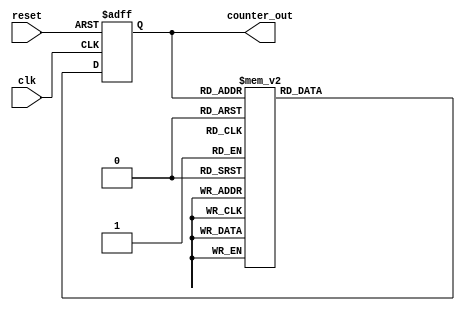
module johnson_counter_clock_divider (
    input wire clk,
    input wire reset,
    output wire [3:0] counter_out
);

reg [3:0] current_state;
reg [3:0] next_state;

// flip-flops to store the current state
always @(posedge clk or posedge reset)
begin
    if (reset)
        current_state <= 4'b0000;
    else
        current_state <= next_state;
end

// multiplexers to select the next state
always @(*)
begin
    case (current_state)
        4'b0000: next_state = 4'b0001;
        4'b0001: next_state = 4'b0011;
        4'b0011: next_state = 4'b0111;
        4'b0111: next_state = 4'b1111;
        4'b1111: next_state = 4'b1110;
        4'b1110: next_state = 4'b1100;
        4'b1100: next_state = 4'b1000;
        4'b1000: next_state = 4'b0000;
        default: next_state = 4'b0000;
    endcase
end

// combinational logic circuits to generate outputs
assign counter_out = current_state;

endmodule